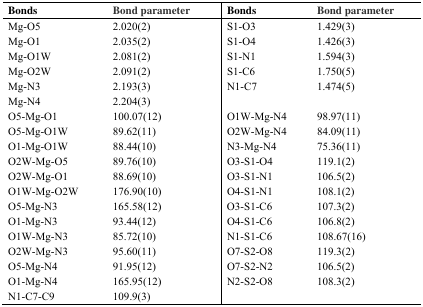
<table><thead><tr><td><b>Bonds</b></td><td><b>Bond parameter</b></td><td><b>Bonds</b></td><td><b>Bond parameter</b></td></tr></thead><tbody><tr><td>Mg-O5</td><td>2.020(2)</td><td>S1-O3</td><td>1.429(3)</td></tr><tr><td>Mg-O1</td><td>2.035(2)</td><td>S1-O4</td><td>1.426(3)</td></tr><tr><td>Mg-O1W</td><td>2.081(2)</td><td>S1-N1</td><td>1.594(3)</td></tr><tr><td>Mg-O2W</td><td>2.091(2)</td><td>S1-C6</td><td>1.750(5)</td></tr><tr><td>Mg-N3</td><td>2.193(3)</td><td>N1-C7</td><td>1.474(5)</td></tr><tr><td>Mg-N4</td><td>2.204(3)</td><td></td><td></td></tr><tr><td>O5-Mg-O1</td><td>100.07(12)</td><td>O1W-Mg-N4</td><td>98.97(11)</td></tr><tr><td>O5-Mg-O1W</td><td>89.62(11)</td><td>O2W-Mg-N4</td><td>84.09(11)</td></tr><tr><td>O1-Mg-O1W</td><td>88.44(10)</td><td>N3-Mg-N4</td><td>75.36(11)</td></tr><tr><td>O2W-Mg-O5</td><td>89.76(10)</td><td>O3-S1-O4</td><td>119.1(2)</td></tr><tr><td>O2W-Mg-O1</td><td>88.69(10)</td><td>O3-S1-N1</td><td>106.5(2)</td></tr><tr><td>O1W-Mg-O2W</td><td>176.90(10)</td><td>O4-S1-N1</td><td>108.1(2)</td></tr><tr><td>O5-Mg-N3</td><td>165.58(12)</td><td>O3-S1-C6</td><td>107.3(2)</td></tr><tr><td>O1-Mg-N3</td><td>93.44(12)</td><td>O4-S1-C6</td><td>106.8(2)</td></tr><tr><td>O1W-Mg-N3</td><td>85.72(10)</td><td>N1-S1-C6</td><td>108.67(16)</td></tr><tr><td>O2W-Mg-N3</td><td>95.60(11)</td><td>O7-S2-O8</td><td>119.3(2)</td></tr><tr><td>O5-Mg-N4</td><td>91.95(12)</td><td>O7-S2-N2</td><td>106.5(2)</td></tr><tr><td>O1-Mg-N4</td><td>165.95(12)</td><td>N2-S2-O8</td><td>108.3(2)</td></tr><tr><td>N1-C7-C9</td><td>109.9(3)</td><td></td><td></td></tr></tbody></table>